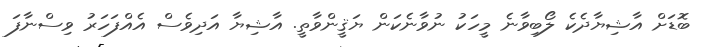
ބޮޑަށް އާޝިޔާދެކެ ލޯބިވާނެ މީހަކު ނުވާނެކަން ޔަޤީންވާތީ. އާޝިޔާ އަދިވެސް އެއްފަހަރު ވިސްނާފަ